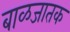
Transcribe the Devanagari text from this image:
बाळजातक